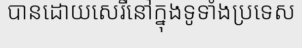
បានដោយសេរីនៅក្នុងទូទាំងប្រទេស